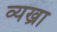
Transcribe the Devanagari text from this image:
व्यख्रा